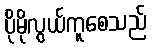
ပိုမိုလွယ်ကူစေသည်